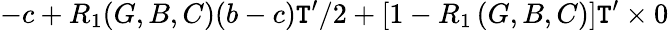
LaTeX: -c+R_{1}(G,B,C)(b-c)\mathtt{T}^{\prime}/2+\left[1-R_{1}\left(G,B,C\right)\right]\mathtt{T}^{\prime}\times0